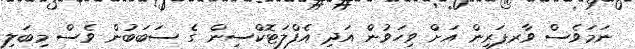
ނަމަވެސް ވާރފަރިން އަށް ވިހަވުން އަދި އެފްލަޓޮކްސިން ގެ ސަބަބުން ވެސް މިބަލި